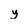
Character: y